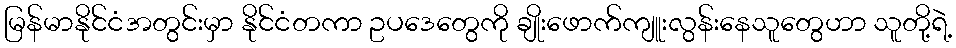
မြန်မာနိုင်ငံအတွင်းမှာ နိုင်ငံတကာ ဥပဒေတွေကို ချိုးဖောက်ကျူးလွန်းနေသူတွေဟာ သူတို့ရဲ့